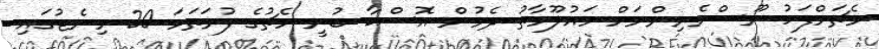
މެޗަށްފަހު ނޫސްވެރިންނަށް މައުލޫމާތު ދެމުން އޮސްކާ ބުނީ މެޗުގެ ފުރަތަމަ 20 މިނެޓުގައި